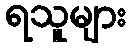
ရသူများ